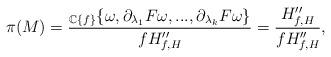
LaTeX: \begin{align*}\pi(M)=\frac{_{\mathbb{C}\{f\}}\{\omega,\partial_{\lambda_1}F\omega,...,\partial_{\lambda_k}F\omega\}}{fH''_{f,H}}=\frac{H''_{f,H}}{fH''_{f,H}},\end{align*}